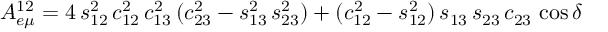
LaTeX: A _ { e \mu } ^ { 1 2 } = 4 \, s _ { 1 2 } ^ { 2 } \, c _ { 1 2 } ^ { 2 } \, c _ { 1 3 } ^ { 2 } \, ( c _ { 2 3 } ^ { 2 } - s _ { 1 3 } ^ { 2 } \, s _ { 2 3 } ^ { 2 } ) + ( c _ { 1 2 } ^ { 2 } - s _ { 1 2 } ^ { 2 } ) \, s _ { 1 3 } \, s _ { 2 3 } \, c _ { 2 3 } \, \cos \delta